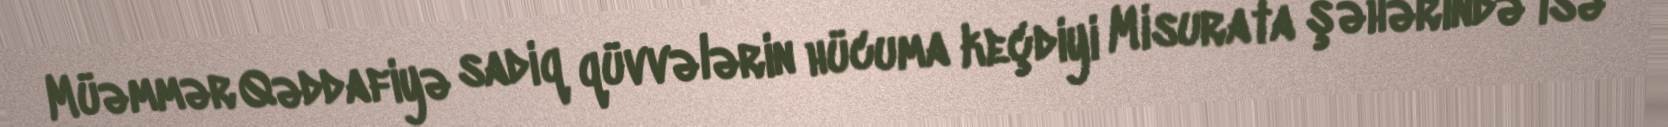
Müəmmər Qəddafiyə sadiq qüvvələrin hücuma keçdiyi Misurata şəhərində isə